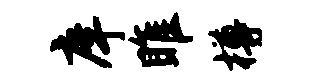
庠雎樽